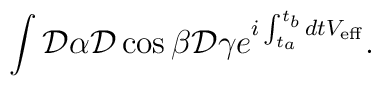
\int {\cal D}  \alpha {\cal D} \cos \beta{\cal D} \gamma e^{{i}\int_{t_a}^{t_b} dt V_{\rm eff}}.